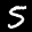
Label: 5